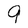
Character: 9